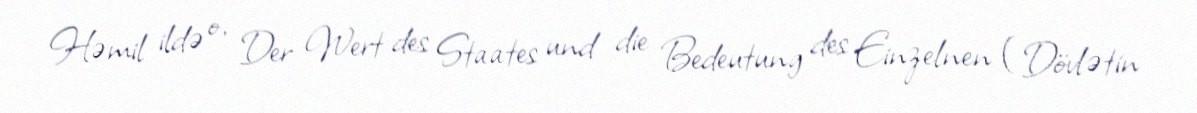
Həmil ildə o, Der Wert des Staates und die Bedeutung des Einzelnen (Dövlətin